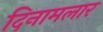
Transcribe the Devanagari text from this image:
दिनामलार